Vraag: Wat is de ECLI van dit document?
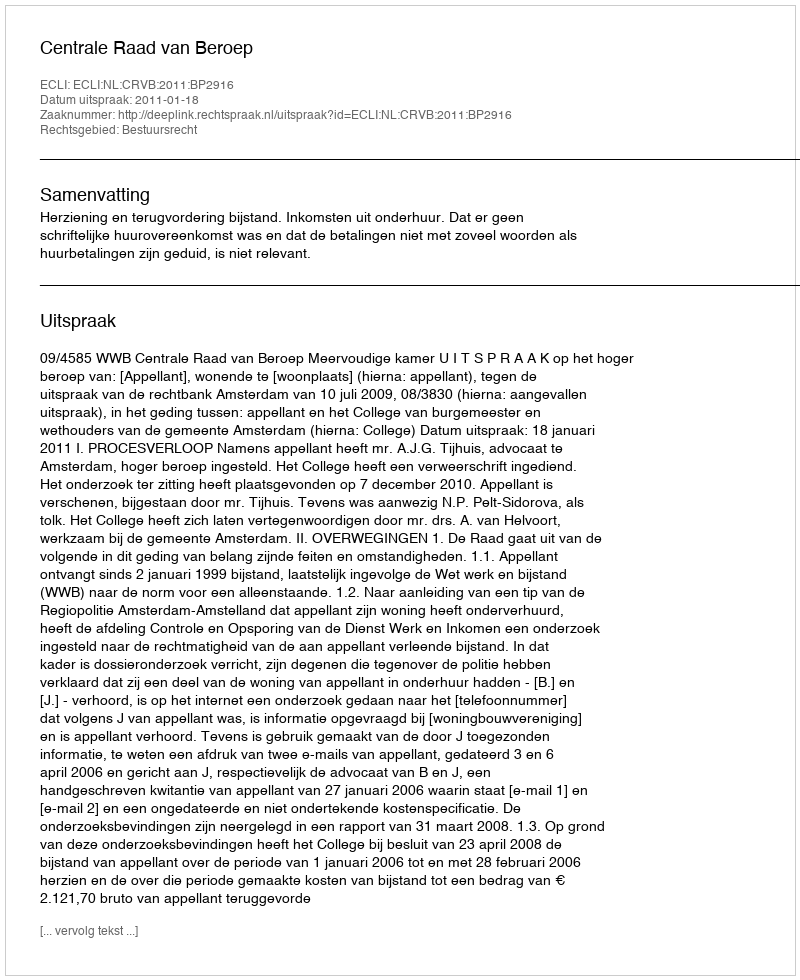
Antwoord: ECLI:NL:CRVB:2011:BP2916